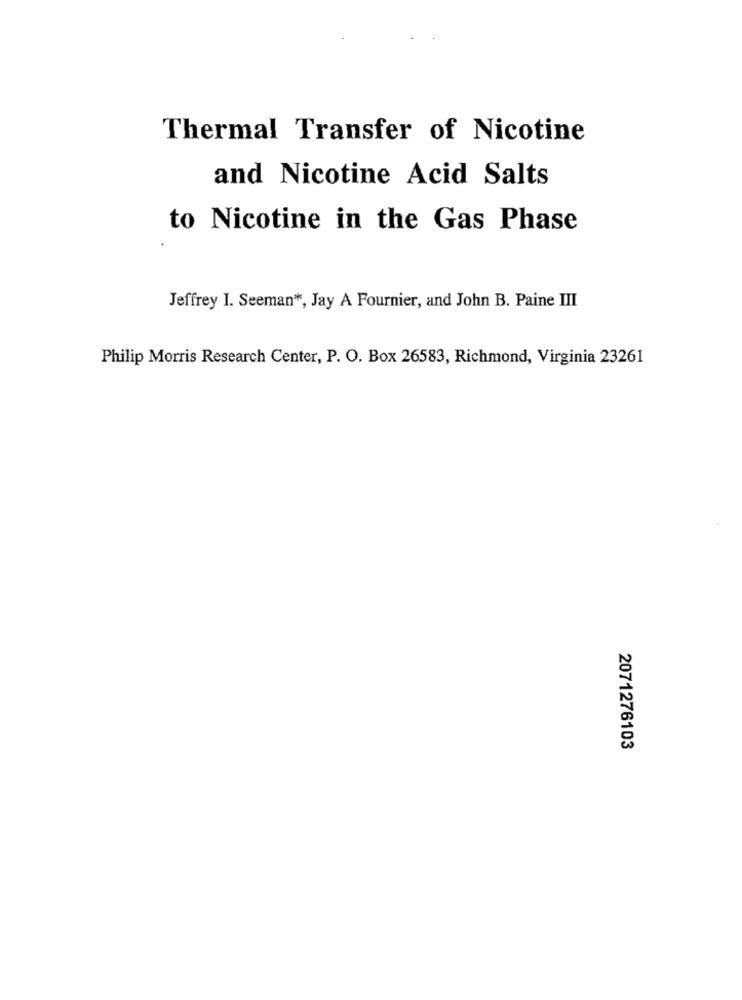
Thermal Transfer of Nicotine
and Nicotine Acid Salts
to Nicotine in the Gas Phase
Jeffrey I. Seeman *, Jay A Fournier, and John B. Paine III
Philip Morris Research Center, P. O. Box 26583, Richmond, Virginia 23261
2071276103